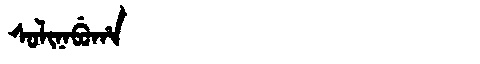
Manchu: ᠰᠣᠯᡳᠨᠠᠪᡠᡥᠠ
Romanization: SOLINABUHA